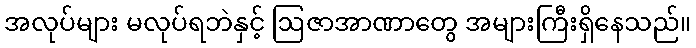
အလုပ်များ မလုပ်ရဘဲနှင့် ဩဇာအာဏာတွေ အများကြီးရှိနေသည်။